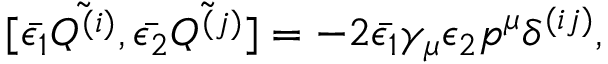
[ \bar { \epsilon _ { 1 } } \tilde { Q ^ { ( i ) } } , \bar { \epsilon _ { 2 } } \tilde { Q ^ { ( j ) } } ] = - 2 \bar { \epsilon _ { 1 } } \gamma _ { \mu } \epsilon _ { 2 } p ^ { \mu } \delta ^ { ( i j ) } ,